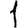
Digit: 1